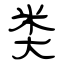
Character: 类